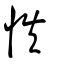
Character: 怢